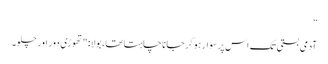
”
آدمی بستی تک اس پر سوار ہو کر جانا چاہتا تھا، بولا: "تھوڑی دور اور چلو۔